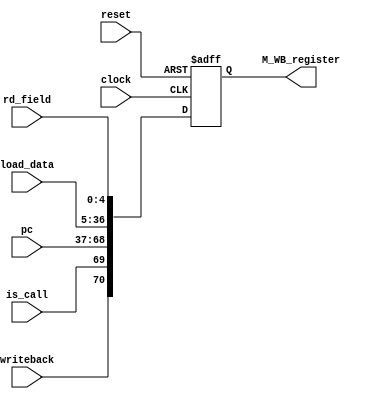
`timescale 1ns / 1ps
//////////////////////////////////////////////////////////////////////////////////
module Mem_WB_register(clock, reset, rd_field, load_data, pc, is_call, writeback, M_WB_register);
    input clock, reset, is_call, writeback;
    input [31:0] load_data, pc;
    input [4:0] rd_field;
    output reg [70:0] M_WB_register;
    
    always @(posedge clock, posedge reset)
        if (reset==1)
            M_WB_register = 0;
        else
            M_WB_register = {writeback, is_call, pc, load_data, rd_field};
endmodule